Lunatic asylums in Bengal annual reports 1888-1898 - 1888-1898
Year: 1888
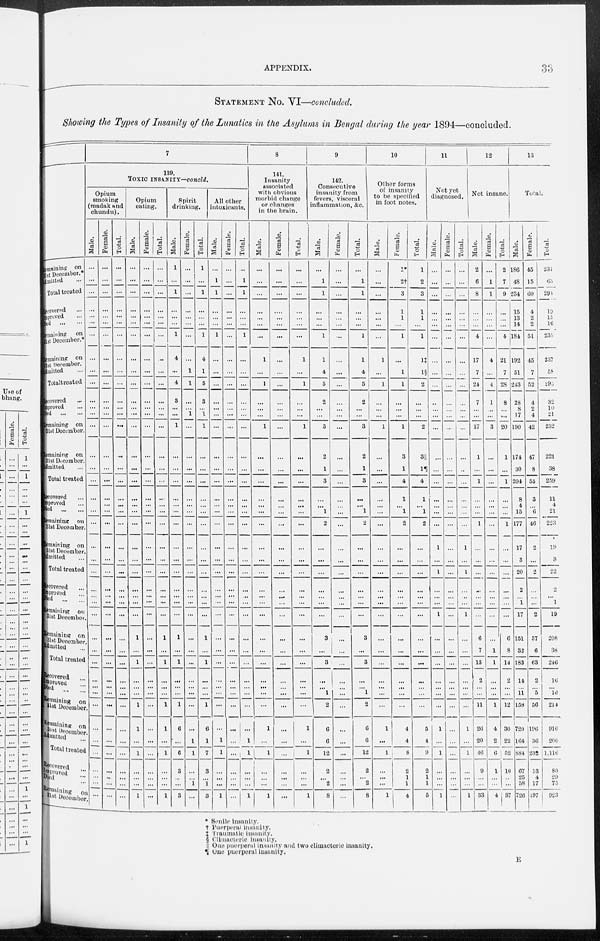
APPENDIX.
33
STATEMENT NO. VI—concluded.
Showing the Types of Insanity of the Lunatics in the Asylums in Bengal during the year 1894—concluded.
Re-maining on
31st December.*
Admitted ...
Total treated
Recoverad ...
Improved ...
Died
......
Remaining on
31st December.*
Remaining on
31st December.
Admitted ...
Total treated
Recovered ...
Improved ...
Died
...
...
Remaining on
31st December.
Remaining on
31st December.
Admitted ...
Total treated
Recovered ...
Improved ...
Died
...
...
Remaining on
31st December.
Remaining on
31st December.
Admitted ...
Total treated
Recovered ...
Improved ...
Di ed
...
...
Remaining on
3lst December.
Remaining on
31st December
Admitted ...
Total treated
Recovered ...
Improved ...
Died ... ...
Remaining on
31st December
Remaining on
31st December
Admitted
...
Total treated
Rcovered ...
Improved ...
Died ... ...
31st December
7
139.
TOXIC INSANITY—concld.
Opium
smoking
(madak and
chundu).
Male.
...
...
...
...
...
...
...
...
...
...
...
...
...
...
...
...
...
...
...
...
...
...
...
...
...
...
...
...
...
...
...
...
...
...
...
...
...
...
...
...
...
...
...
Female.
...
...
...
...
...
...
...
...
...
...
...
...
...
...
...
...
...
...
...
...
...
...
...
...
...
...
...
...
...
...
...
...
...
...
...
...
...
...
...
...
...
...
...
Total.
...
...
...
...
...
...
...
...
...
...
...
...
...
...
...
...
...
...
...
...
...
...
...
...
...
...
...
...
...
...
...
...
...
...
...
...
...
...
...
...
...
...
...
Opium
eating.
Male.
...
...
...
...
...
...
...
...
...
...
...
...
...
...
...
...
...
...
...
...
...
...
...
...
...
...
...
...
1
...
1
...
...
...
1
1
...
1
...
...
...
1
Female.
...
...
...
...
...
...
...
...
...
...
...
...
...
...
...
...
...
...
...
...
...
...
...
...
...
...
...
...
...
...
...
...
...
...
...
...
...
...
...
...
...
...
...
Total.
...
...
...
...
...
...
...
...
...
...
...
...
...
...
...
...
...
...
...
...
...
...
...
...
...
...
...
...
...
1
...
1
...
...
...
1
1
...
1
...
...
...
1
Spirit
drinking.
Male.
1
...
1
...
...
...
1
4
...
...
4
3
...
...
1
...
...
...
...
...
...
...
...
...
...
...
...
...
...
1
...
1
...
...
...
1
6
...
6
3
...
...
3
Female.
...
...
...
...
...
...
...
...
...
1
1
...
...
1
...
...
...
...
...
...
...
...
...
...
...
...
...
...
...
...
...
...
...
...
...
...
1
1
...
...
1
...
Total.
1
...
1
...
...
...
1
4
...
1
5
3
...
1
1
...
...
...
...
...
...
...
...
...
...
...
...
...
...
1
...
1
...
...
1
6
1
7
3
...
1
3
All other
intoxicants.
Male.
...
1
1
...
...
...
1
...
...
...
...
...
...
...
...
...
...
...
...
...
...
...
...
...
...
...
...
...
...
...
...
...
...
...
...
...
1
1
...
...
...
1
Female.
...
...
...
...
...
...
...
...
...
...
...
...
...
...
...
...
...
...
...
...
...
...
...
...
...
...
...
...
...
...
...
...
...
...
...
...
...
...
...
...
...
...
Total.
...
1
1
...
...
...
1
...
...
...
...
...
...
...
...
...
...
...
...
...
...
...
...
...
...
...
...
...
...
...
...
...
...
...
...
...
1
1
...
...
...
1
8
141.
Insanity
associated
with obvious
morbid change
or changes
in the brain.
Male.
...
...
...
...
...
...
...
1
...
...
1
...
...
...
1
...
...
...
...
...
...
...
...
...
...
...
...
...
...
...
...
...
...
... ...
...
1
...
1
...
...
...
1
Female.
...
...
...
...
...
...
...
...
...
...
...
...
...
...
...
...
...
...
...
...
...
...
...
...
...
...
...
...
...
...
...
...
...
...
...
...
...
...
...
...
...
...
...
Total.
...
...
...
...
...
...
...
1
...
...
1
...
...
...
1
...
...
...
...
...
...
...
...
...
...
...
...
...
...
...
...
...
...
...
...
...
1
...
1
...
...
...
1
9
142.
Consecutive
insanity from
fevers, visceral
inflammation, &c.
Male.
...
1
1
...
...
...
1
1
...
4
5
2
...
...
3
2
1
3
...
...
1
2
...
...
...
...
...
...
...
3
...
3
...
...
1
2
6
6
12
2
...
2
8
Female.
...
...
...
...
...
...
...
...
...
...
...
...
...
...
...
...
...
...
...
...
...
...
...
...
...
...
...
...
...
...
...
...
...
...
...
...
...
...
...
...
...
Total.
...
1
1
...
...
...
1
1
...
4
5
2
...
...
3
2
1
3
...
...
1
2
...
...
...
...
...
...
...
3
...
3
...
...
1
2
6
6
12
2
...
2
8
10
Other forms
of insanity
to be specified
in foot notes.
Male.
...
...
...
...
...
...
...
1
...
...
1
...
...
...
1
...
...
...
...
...
...
...
...
...
...
...
...
...
...
...
...
...
...
...
1
...
1
...
...
1
Female.
1*
2t
3
1
1
...
1
...
...
1
1
...
...
...
1
3
1
4
1
...
1
2
...
...
...
...
...
...
...
...
...
...
...
... ...
...
4
4
8
2
1
1
4
Total.
1
2
3
1
1
...
1
1‡
...
1§
2
...
...
...
2
...
3||
1¶
4
1
...
1
2
...
...
...
...
...
...
...
...
...
...
...
...
...
...
5
4
9
2
1
1
5
11
Not yet
diagnosed.
Male.
...
...
...
...
...
...
...
...
...
...
...
...
...
...
...
...
...
...
...
...
...
...
1
...
1
...
...
...
1
...
...
...
...
...
...
...
1
...
1
...
...
...
1
Fe ma le
...
...
...
...
...
...
...
...
...
...
...
...
...
...
...
...
...
...
...
...
...
...
...
...
...
...
...
...
...
...
...
..
..
...
...
..
..
...
...
...
...
...
...
...
Total.
...
...
...
...
...
...
...
...
...
...
...
...
...
...
...
...
...
...
...
...
...
...
...
1
...
1
...
...
...
1
...
...
...
...
...
...
...
1
...
1
...
...
...
1
12
Not insane
Male.
2
6
8
...
...
...
4
17
...
7
24
7
...
...
17
...
1
...
1
...
...
...
1
...
...
...
...
...
...
...
6
7
13
2
...
...
11
26
20
46
9
...
...
33
Female.
...
1
1
...
...
...
...
4
...
...
4
1
...
...
3
...
...
...
...
...
...
...
...
...
...
...
...
...
...
...
...
1
1
...
...
...
1
4
2
6
1
...
...
4
Total.
2
7
9
...
...
...
4
21
...
7
28
8
...
...
20
...
1
...
1
...
...
...
1
...
...
...
...
...
...
...
6
8
14
2
...
...
12
30
22
52
10
...
...
37
13
Total.
Male.
186
48
234
15
13
14
184
192
...
61
243
28
8
17
190
...
174
30
204
8
4
15
177
17
3
20
2
...
1
17
151
32
183
14
...
11
158
720
164
884
67
25
58
726
Female.
45
15
60
4
2
2
51
45
...
7
52
4
2
4
42
...
47
8
55
3
...
6
46
2
...
2
...
...
...
2
57
6
63
2
... 5
56
196
36
232
13
4
17
197
Total.
231
63
294
19
15
16
235
237
...
58
295
32
10
21
232
...
221
38
259
11
4
21
223
19
3
22
2
...
1
19
208
38
246
16
... 16
214
916
200
1,116
80
29
75
923
* Senile insanity.
† Puerperal insanity.
‡ Traumatic insanity.
§ Climacteric insanity.
||One puerperal insanity and two climacteric insanity.
¶One puerperal insanity.
E